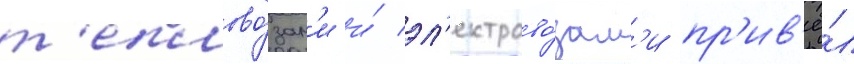
т'еплово́зам'и и́ эл'ектрово́зам'и пр'ив'ё́л